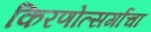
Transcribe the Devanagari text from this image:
किरणोत्सर्गांचा